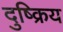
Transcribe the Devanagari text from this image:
दुष्क्रिय